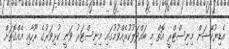
އެޑިޔުކޭޝަން މިނިސްޓްރީ އޮތް މި ބައްދަލުކުރެއްވުމުގައި މިނިސްޓަރު ވަނީ ކުޅިވަރުގެ ރޫހާއި އެއްގޮތަށް